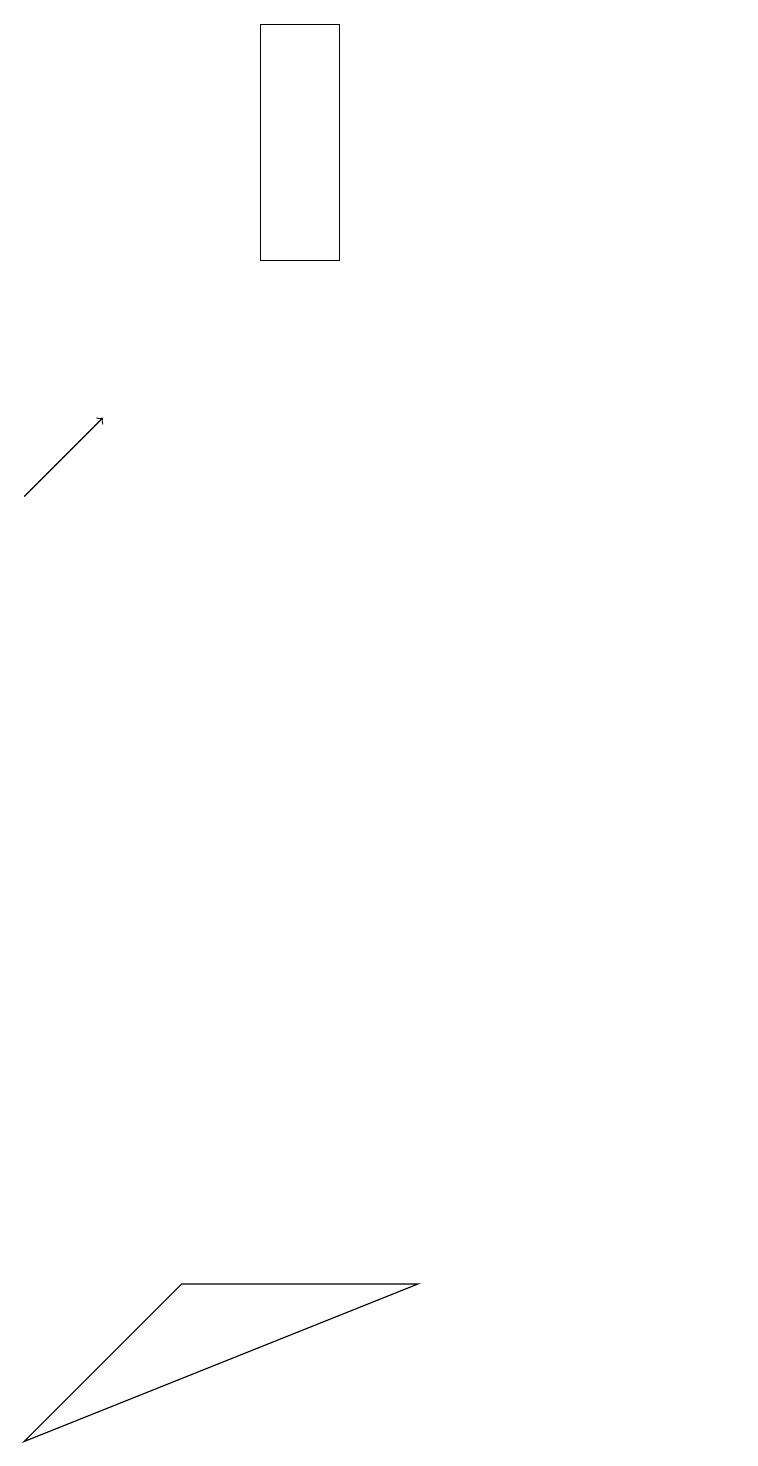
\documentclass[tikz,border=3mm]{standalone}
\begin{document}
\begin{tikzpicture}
\draw (10,10) circle (0);
\draw (3,2) -- (1,0) -- (6,2) -- cycle;
\draw (5,15) rectangle (4,18);
\draw[->] (1,12) -- (2,13);
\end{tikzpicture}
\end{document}